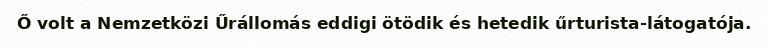
Ő volt a Nemzetközi Űrállomás eddigi ötödik és hetedik űrturista-látogatója.